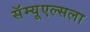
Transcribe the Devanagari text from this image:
सॅम्यूएल्सला